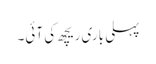
پہلی باری ریچھ کی آئی۔